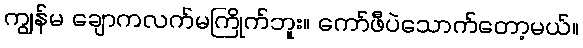
ကျွန်မ ချောကလက်မကြိုက်ဘူး။ ကော်ဖီပဲသောက်တော့မယ်။